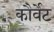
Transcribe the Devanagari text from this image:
कौर्वेट